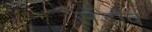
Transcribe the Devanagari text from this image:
सँडॉव